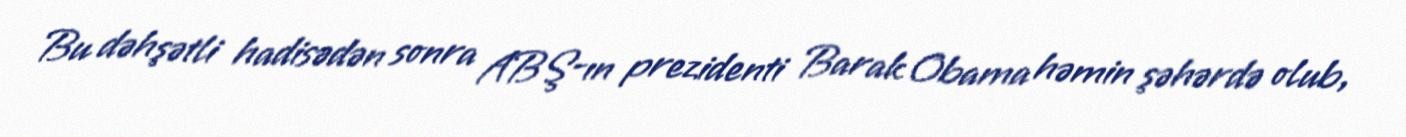
Bu dəhşətli hadisədən sonra ABŞ-ın prezidenti Barak Obama həmin şəhərdə olub,